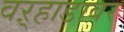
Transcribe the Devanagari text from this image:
वऱ्हाडावर